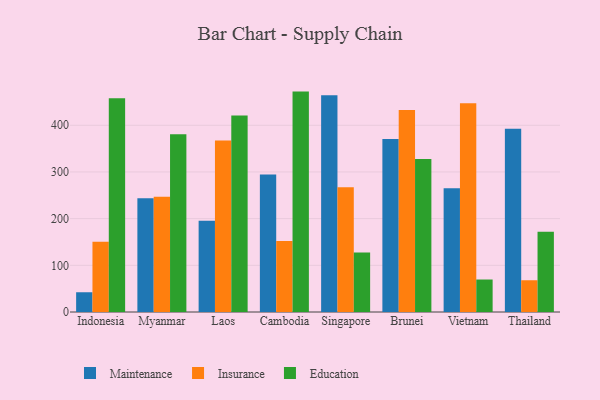
{"axis": {"x": "Country", "y": "Production Output"}, "legend": ["Education", "Insurance", "Maintenance"], "data": [{"x": "Indonesia", "y": 42.3, "type": "Maintenance"}, {"x": "Indonesia", "y": 150.6, "type": "Insurance"}, {"x": "Indonesia", "y": 457.8, "type": "Education"}, {"x": "Myanmar", "y": 243.6, "type": "Maintenance"}, {"x": "Myanmar", "y": 246.6, "type": "Insurance"}, {"x": "Myanmar", "y": 380.9, "type": "Education"}, {"x": "Laos", "y": 195.7, "type": "Maintenance"}, {"x": "Laos", "y": 367.1, "type": "Insurance"}, {"x": "Laos", "y": 420.7, "type": "Education"}, {"x": "Cambodia", "y": 294.5, "type": "Maintenance"}, {"x": "Cambodia", "y": 152.3, "type": "Insurance"}, {"x": "Cambodia", "y": 472.1, "type": "Education"}, {"x": "Singapore", "y": 464.2, "type": "Maintenance"}, {"x": "Singapore", "y": 267.4, "type": "Insurance"}, {"x": "Singapore", "y": 127.4, "type": "Education"}, {"x": "Brunei", "y": 370.7, "type": "Maintenance"}, {"x": "Brunei", "y": 432.7, "type": "Insurance"}, {"x": "Brunei", "y": 327.8, "type": "Education"}, {"x": "Vietnam", "y": 264.9, "type": "Maintenance"}, {"x": "Vietnam", "y": 447.2, "type": "Insurance"}, {"x": "Vietnam", "y": 69.6, "type": "Education"}, {"x": "Thailand", "y": 392.6, "type": "Maintenance"}, {"x": "Thailand", "y": 68.0, "type": "Insurance"}, {"x": "Thailand", "y": 171.9, "type": "Education"}]}